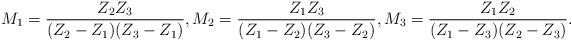
LaTeX: \begin{align*}M_1= \frac{Z_2 Z_3}{(Z_2-Z_1)(Z_3-Z_1)}, M_2= \frac{Z_1 Z_3}{(Z_1-Z_2)(Z_3-Z_2)}, M_3= \frac{Z_1 Z_2}{(Z_1-Z_3)(Z_2-Z_3)}.\end{align*}